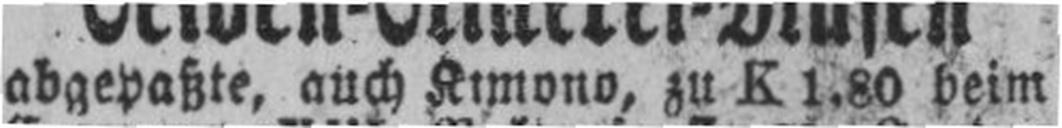
abgepaßte, auch Kimono, zu K 1.80 beim